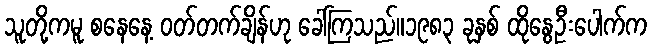
သူတို့ကမူ စနေနေ့ ဝတ်တက်ချိန်ဟု ခေါ်ကြသည်။၁၉၈၃ ခုနှစ် ထိုနွေဦးပေါက်က